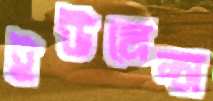
ইউমেন্স